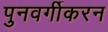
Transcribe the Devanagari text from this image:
पुनवर्गीकरन